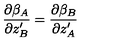
\frac { \partial \beta _ { A } } { \partial z _ { B } ^ { \prime } } = \frac { \partial \beta _ { B } } { \partial z _ { A } ^ { \prime } }